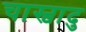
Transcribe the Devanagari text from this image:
चास्वादु